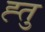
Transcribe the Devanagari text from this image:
ह्तु